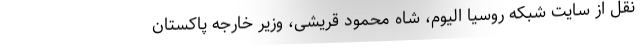
نقل از سایت شبکه روسیا الیوم، شاه محمود قریشی، وزیر خارجه پاکستان